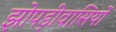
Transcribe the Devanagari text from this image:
झोपड़ीवासियों